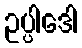
ဥပ္ပါဒေါ